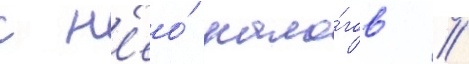
с н'ео́ нало́гов //